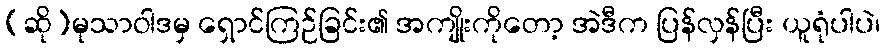
(ဆို)မုသာဝါဒမှ ရှောင်ကြဉ်ခြင်း၏ အကျိုးကိုတော့ အဲဒီက ပြန်လှန်ပြီး ယူရုံပါပဲ၊